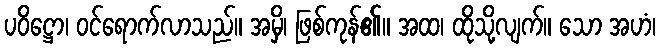
ပဝိဋ္ဌော၊ ဝင်ရောက်လာသည်။ အမှိ၊ ဖြစ်ကုန်၏။ အထ၊ ထိုသို့လျက်။ သော အဟံ၊